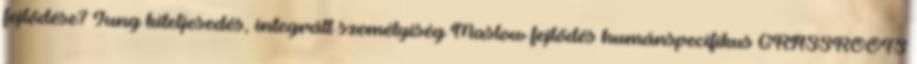
fejlődése? Jung kiteljesedés, integrált személyiség Maslow fejlődés humánspecifikus GRASSROOTS